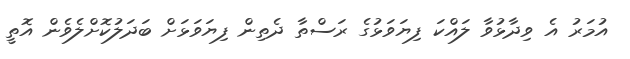
އުމަރު އެ ވިދާޅުވާ ލައްކަ ފިޔަވަޅުގެ ރަސްތާ ދެތިން ފިޔަވަޅަށް ބަދަލުކޮށްލެވެން އޮތީ